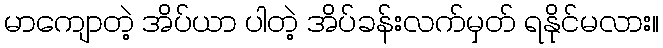
မာကျောတဲ့ အိပ်ယာ ပါတဲ့ အိပ်ခန်းလက်မှတ် ရနိုင်မလား။